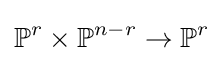
\mathbb {P} ^{r}\times \mathbb {P} ^{n-r}\to \mathbb {P} ^{r}